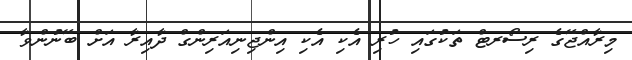
މިރާއްޖޭގެ ރިސޯރޓް ތަކުގައި ހުރި އެކި އެކި އިންޖިނިއަރިންގް ދާއިރާ އަށް ބޭނުންވާ